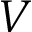
V